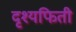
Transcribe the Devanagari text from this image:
दृश्यफिती